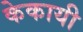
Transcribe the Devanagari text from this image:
केकायी